Source: Handwritten
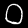
Digit: ၀ (0)